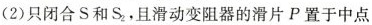
(2)只闭合S和 $$S_{2},$$ 且滑动变阻器的滑片P置于中点